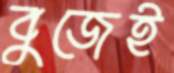
বুজেই